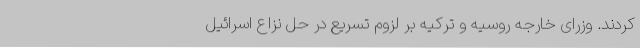
کردند. وزرای خارجه روسیه و ترکیه بر لزوم تسریع در حل نزاع اسرائیل